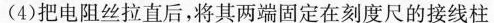
(4)把电阻丝拉直后，将其两端固定在刻度尺的接线柱